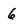
Character: 6